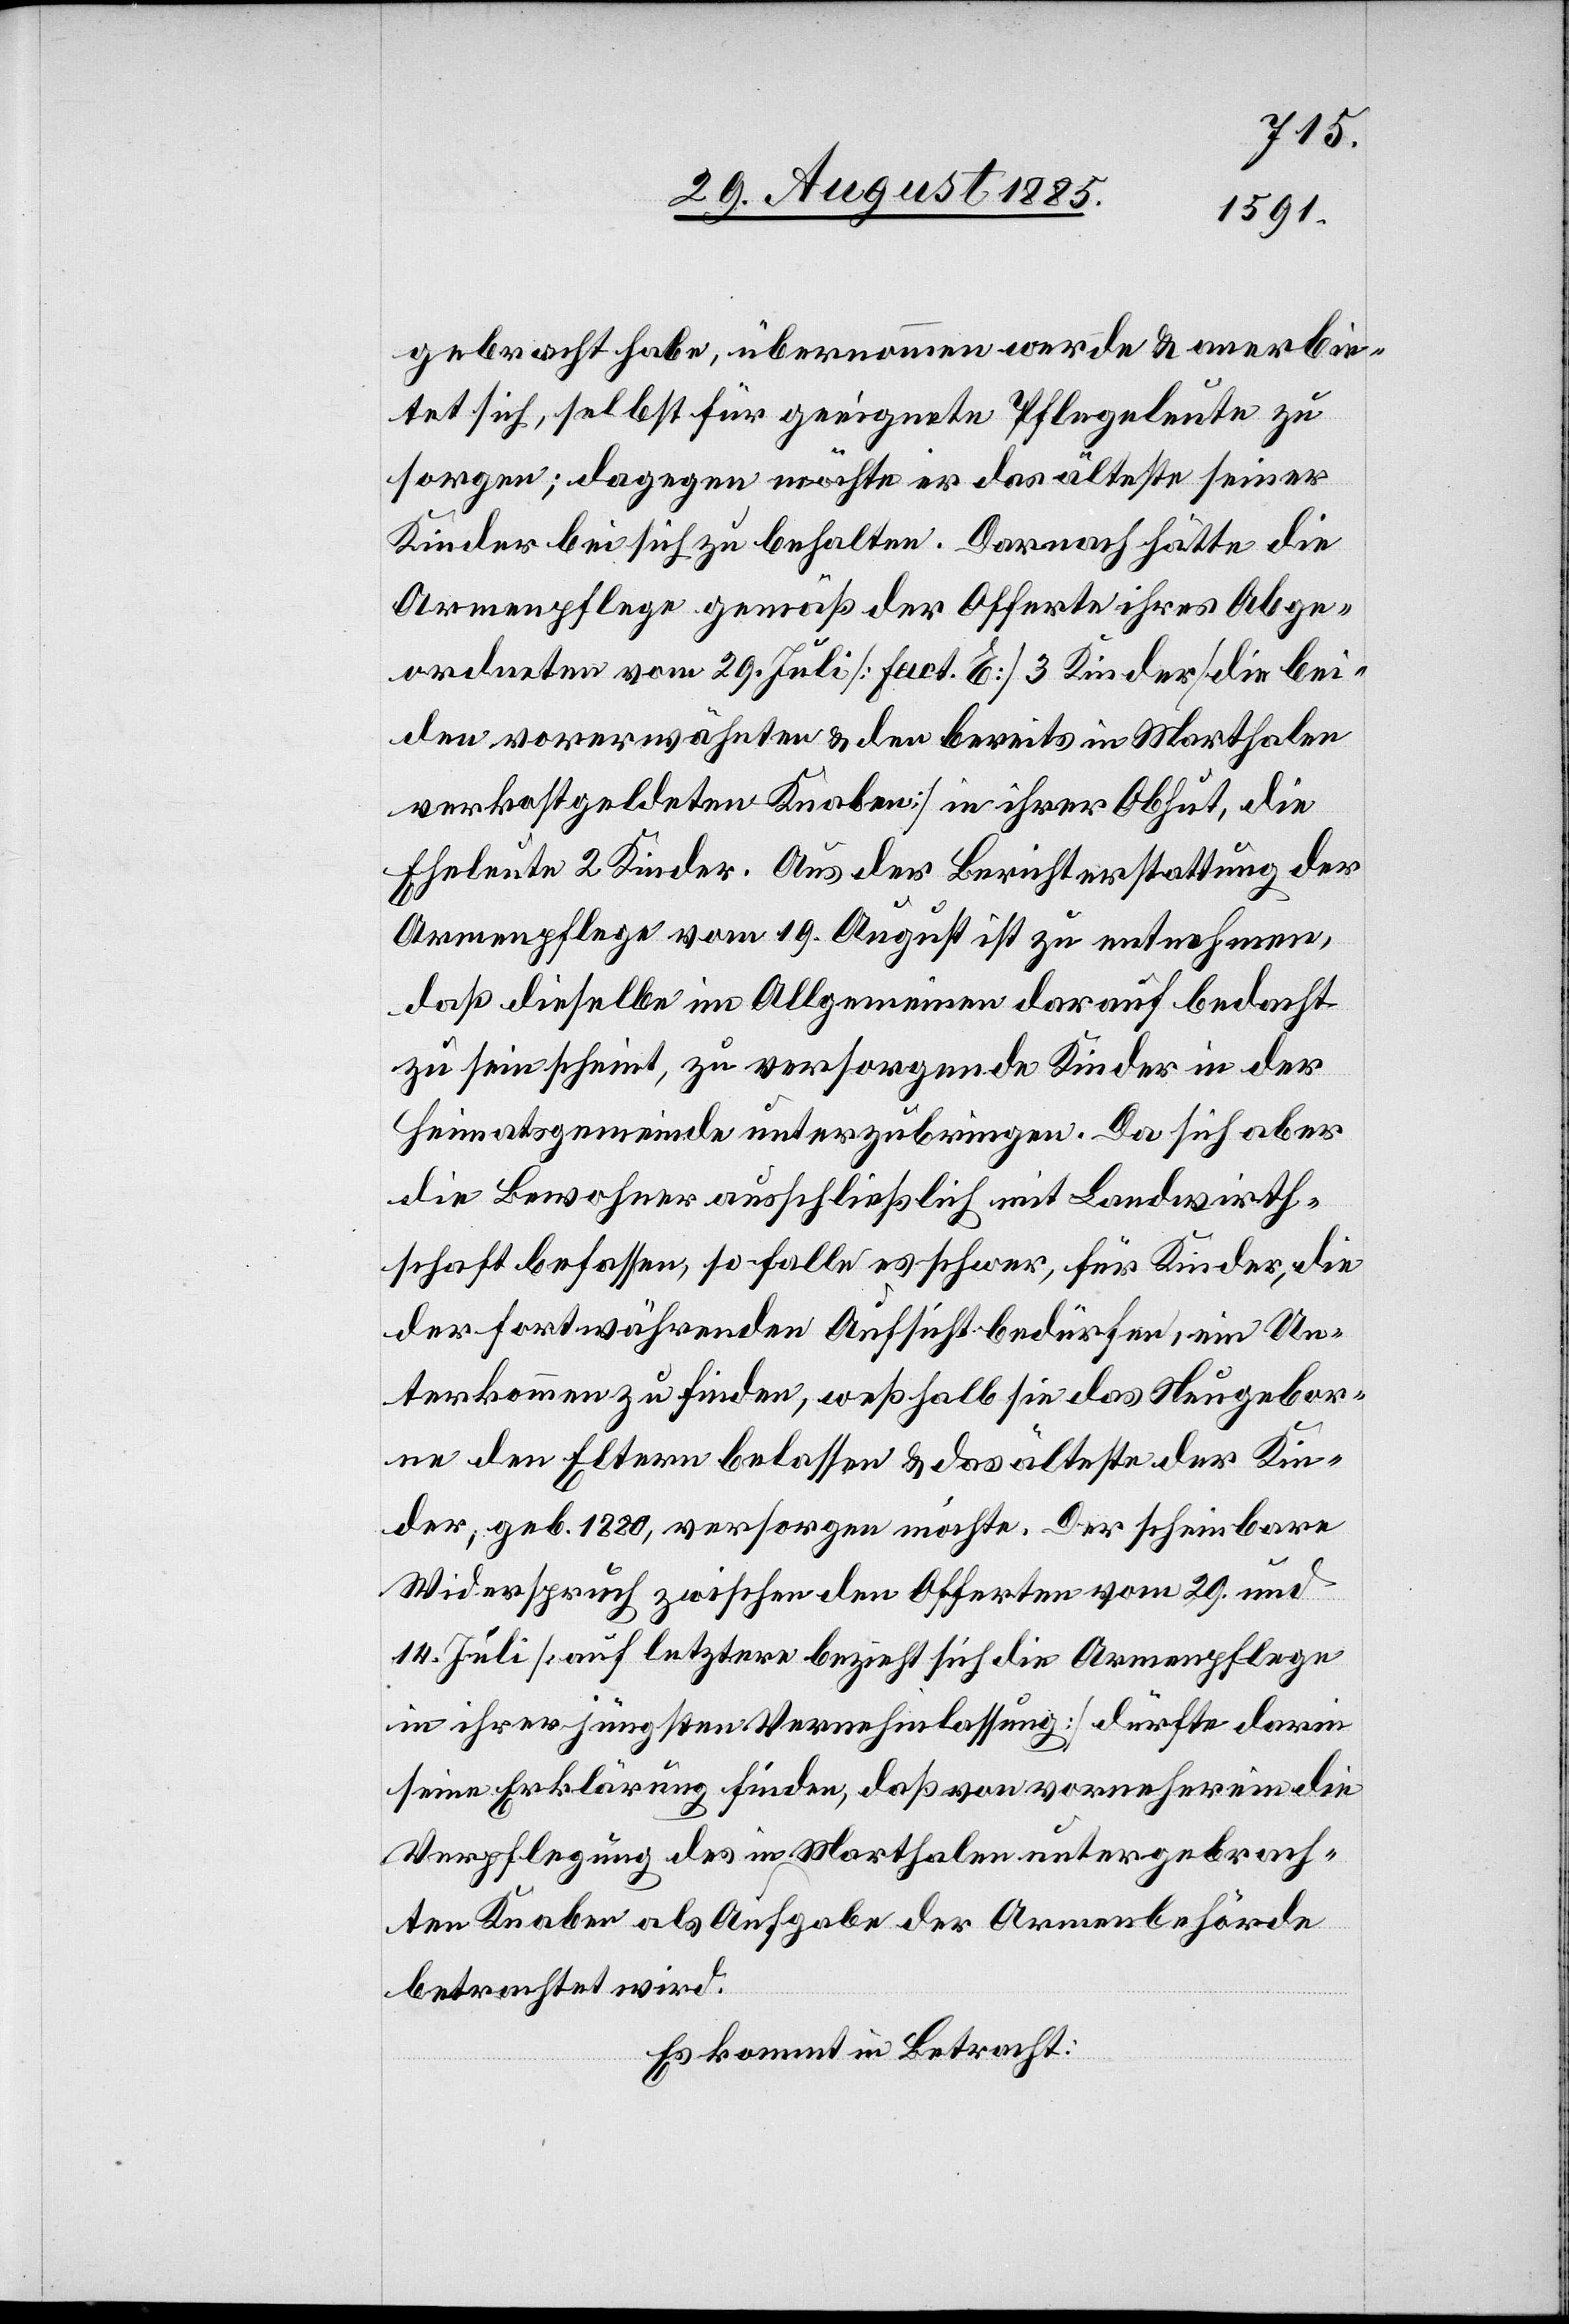
gebracht habe, übernommen werde & anerbie¬
tet sich, selbst für geeignete Pflegeleute zu
sorgen; dagegen möchte er das älteste seiner
Kinder bei sich zu behalten [sic!]. Darnach hätte die
Armenpflege gemäß der Offerte ihrer Abge¬
ordneten vom 29. Juli [fact. E] 3 Kinder [die bei¬
den vorerwähnten & den bereits in Marthalen
verkostgeldeten Knaben] in ihrer Obhut, die
Eheleute 2 Kinder. Aus der Berichterstattung der
Armenpflege vom 19. August ist zu entnehmen,
daß dieselbe im Allgemeinen darauf bedacht
zu sein scheint, zu versorgende Kinder in der
Heimatsgemeinde unterzubringen. Da sich aber
die Bewohner ausschließlich mit Landwirth¬
schaft befassen, so falle es schwer, für Kinder, die
der fortwährenden Aufsicht bedürfen, ein Un¬
terkommen zu finden, weßhalb sie das Neugebore¬
ne den Eltern belassen & das älteste der Kin¬
der, geb. 1880, versorgen möchte. Der scheinbare
Widerspruch zwischen den Offerten vom 29. und
14. Juli [auf letztere bezieht sich die Armenpflege
in ihrer jüngsten Vernehmlassung] dürfte darin
seine Erklärung finden, daß von vorneherein die
Verpflegung des in Marthalen untergebrach¬
ten Knaben als Aufgabe der Armenbehörde
betrachtet wird.
Es kommt in Betracht: